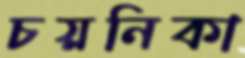
চয়নিকা